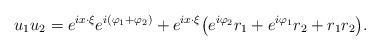
LaTeX: \begin{align*}u_1u_2=e^{ix\cdot\xi}e^{i(\varphi_1+\varphi_2)}+e^{ix\cdot\xi}\big(e^{i\varphi_{2}}r_{1}+e^{i\varphi_{1}}r_{2}+r_1r_2\big).\end{align*}